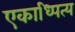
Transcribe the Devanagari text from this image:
एकाध्पित्य